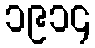
၁၉၁၄